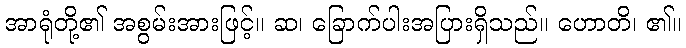
အာရုံတို့၏ အစွမ်းအားဖြင့်။ ဆ၊ ခြောက်ပါးအပြားရှိသည်။ ဟောတိ၊ ၏။